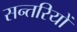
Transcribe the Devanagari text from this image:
सन्तरियों